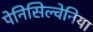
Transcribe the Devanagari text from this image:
पेनिसिल्‍वेनिया